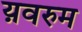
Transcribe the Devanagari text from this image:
य़वरुम